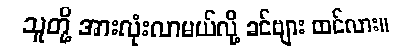
သူတို့ အားလုံးလာမယ်လို့ ခင်ဗျား ထင်လား။